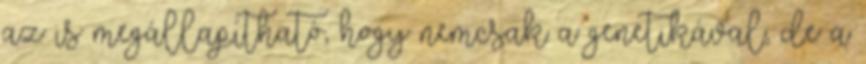
az is megállapítható, hogy nemcsak a genetikával, de a